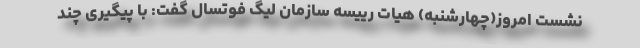
نشست امروز(چهارشنبه) هیات رییسه سازمان لیگ فوتسال گفت: با پیگیری چند